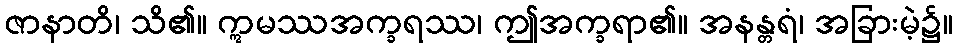
ဇာနာတိ၊ သိ၏။ ဣမဿအက္ခရဿ၊ ဤအက္ခရာ၏။ အနန္တရံ၊ အခြားမဲ့၌။